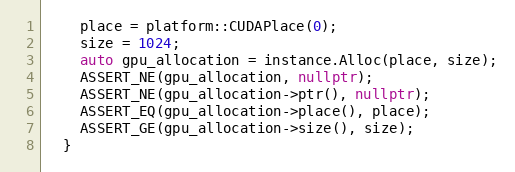
Language: C++
    place = platform::CUDAPlace(0);
    size = 1024;
    auto gpu_allocation = instance.Alloc(place, size);
    ASSERT_NE(gpu_allocation, nullptr);
    ASSERT_NE(gpu_allocation->ptr(), nullptr);
    ASSERT_EQ(gpu_allocation->place(), place);
    ASSERT_GE(gpu_allocation->size(), size);
  }